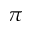
\pi